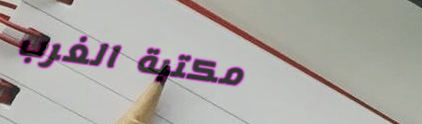
مكتبة الغرب